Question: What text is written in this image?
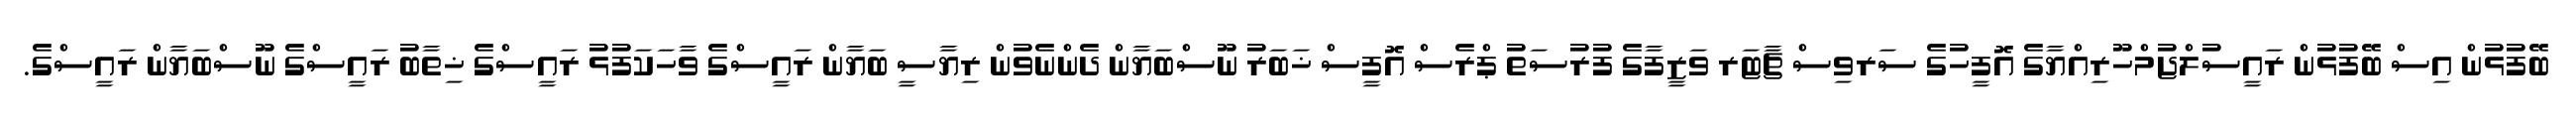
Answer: ބޭފުޅުން އިސް ބޭފުޅުން ރައީސުލްޖުމްހޫރިއްޔާގެ އޮފީހުގެ ސަރވިސް ޗާޓަރ ވަޒީފާގެ ފުރުސަތު ޕްރެސް އޮފީސް ޚަބަރު ނޫސްބަޔާން ދެންނެވުން ރިޔާސީ ބަޔާން ރައީސްގެ ވާހަކަފުޅު ރައީސްގެ ޚިތާބު ރައީސްގެ ނޫސްބަޔާން ރައީސްގެ.